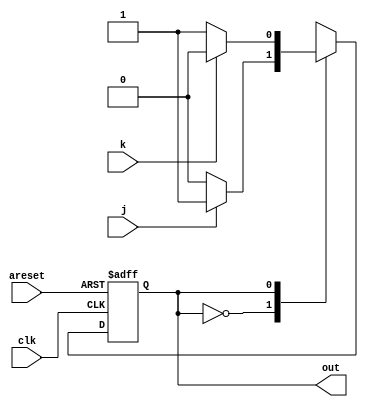
module top_module(
    input clk,
    input areset,    // Asynchronous reset to OFF
    input j,
    input k,
    output out); //  

    parameter OFF=0, ON=1; 
    reg state, next_state;

    always @(*) begin
        // State transition logic
        case(state)
            OFF: next_state = j ? ON : OFF;
            ON: next_state = k ? OFF : ON;
        endcase
    end

    always @(posedge clk, posedge areset) begin
        // State flip-flops with asynchronous reset
        if(areset)
            state <= OFF;
        else
            state <= next_state;
    end

    // Output logic
    // assign out = (state == ...);
    assign out = state;

endmodule


    // Website solution
    /*
    module top_module (
        input clk,
        input j,
        input k,
        input areset,
        output out
    );
        parameter A=0, B=1;
        reg state;
        reg next;
        
        always_comb begin
            case (state)
                A: next = j ? B : A;
                B: next = k ? A : B;
            endcase
        end
        
        always @(posedge clk, posedge areset) begin
            if (areset) state <= A;
            else state <= next;
        end
            
        assign out = (state==B);
        //I observed here as it should be last state / highest value state
        
    endmodule

    */